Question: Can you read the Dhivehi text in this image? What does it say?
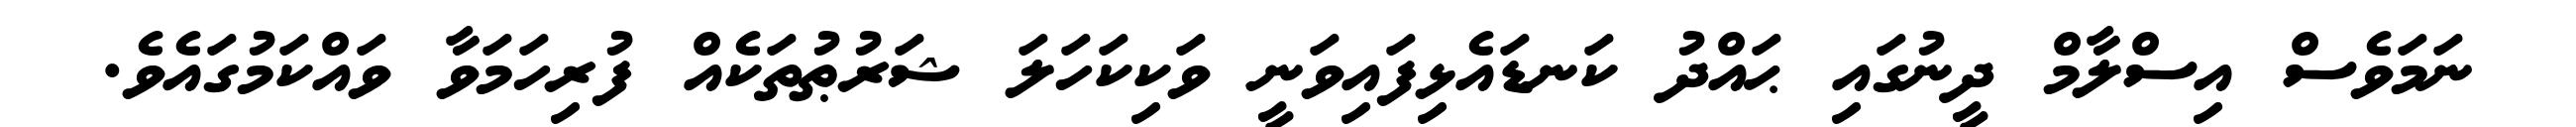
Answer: ނަމަވެސް އިސްލާމް ދީނުގައި ޙައްދު ކަނޑައެޅިފައިވަނީ ވަކިކަހަލަ ޝަރުޠުތަކެއް ފުރިހަމަވާ ވައްކަމުގައެވެ.